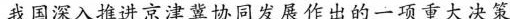
我国深入推进京津冀协同发展作出的一项重大决策